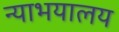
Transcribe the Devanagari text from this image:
न्याभयालय